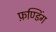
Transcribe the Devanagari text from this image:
फ़ण्डिंग